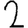
Digit: 2